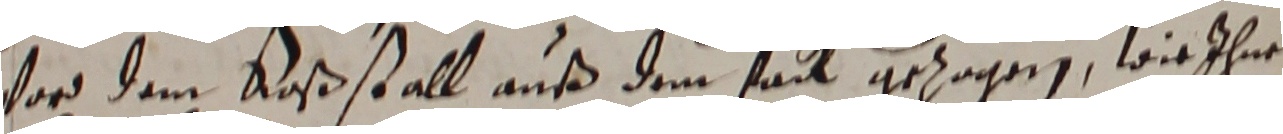
vor dem roßstall auß dem tatt gezogen, wie ihne